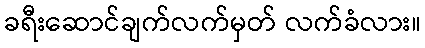
ခရီးဆောင်ချက်လက်မှတ် လက်ခံလား။